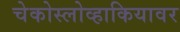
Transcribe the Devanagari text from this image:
चेकोस्लोव्हाकियावर